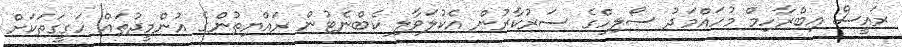
ރައީސް އިބްރާހިމް މުހައްމަދު ސޯލިހްގެ ސަރުކާރުން އެކުލަވާލި ކެބްނެޓުން ރައްޔިތުންގެ އުންމީދުތައް ހަގީިގަތަކަށް